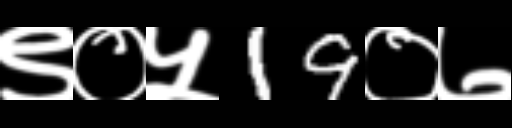
Text: ९०५19०७